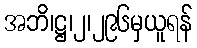
အဘိ၊ဋ္ဌ၊၂၊၂၉၆မှယူရန်